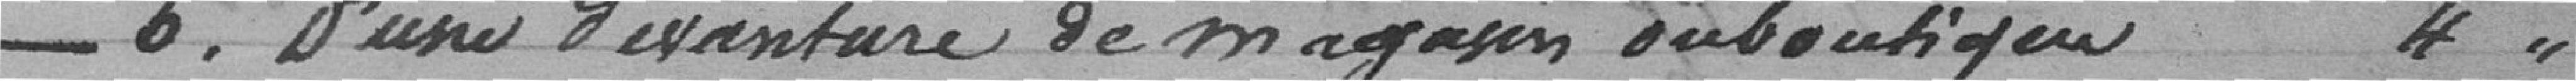
_6. D'une devanture de magasin ou boutique                  4//